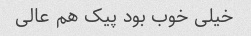
خیلی خوب بود پیک هم عالی